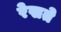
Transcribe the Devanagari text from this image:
रेखते